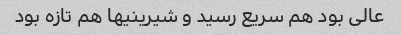
عالی بود هم سریع رسید و شیرینیها هم تازه بود